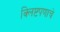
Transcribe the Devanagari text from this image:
क्लिष्टपणाचे